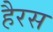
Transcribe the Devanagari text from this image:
हैरस